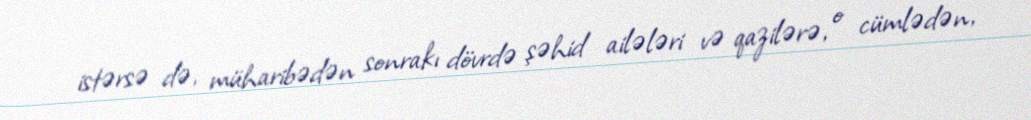
istərsə də, müharibədən sonrakı dövrdə şəhid ailələri və qazilərə, o cümlədən,